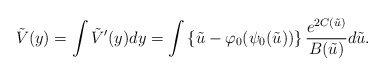
\begin{align*} \tilde{V}(y) = \int \tilde{V}'(y)dy = \int\left\{ \tilde{u} - \varphi_{0}(\psi_{0}(\tilde{u})) \right\}\frac{e^{2C(\tilde{u})}}{B(\tilde{u})}d\tilde{u}. \end{align*}